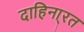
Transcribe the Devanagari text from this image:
दाहिना्रत